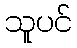
သူပင်